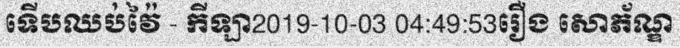
ទើបឈប់វ៉ៃ - កីឡា2019-10-03 04:49:53រឿង សោភ័ណ្ឌ